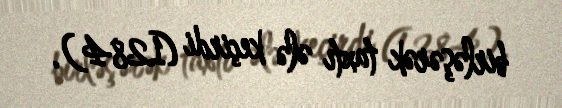
birləşərək taxtı ələ keçirdi (1284).